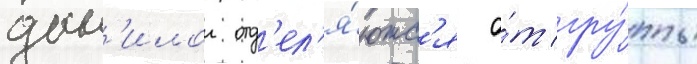
дан'илои отд'ел'я́ютс'я о́т гру́ппы